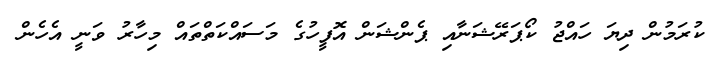
ކުރަމުން ދިޔަ ހައްޖު ކޯޕަރޭޝަނާއި ޕެންޝަން އޮފީހުގެ މަސައްކަތްތައް މިހާރު ވަނީ އެހެން